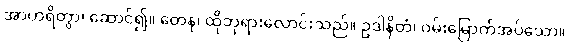
အာဟရိတွာ၊ ဆောင်၍။ တေန၊ ထိုဘုရားလောင်းသည်။ ဥဒါနိတံ၊ ဝမ်းမြောက်အပ်သော။